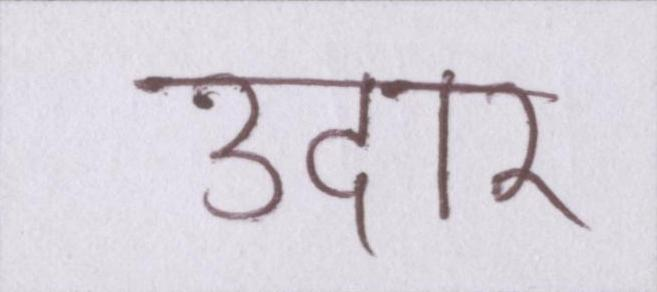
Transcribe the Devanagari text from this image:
उदार